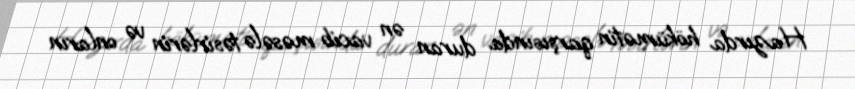
Hazırda hökümətin qarşısında duran ən vacib məsələ təsirlərin və onların